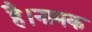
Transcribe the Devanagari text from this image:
है।नामक